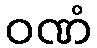
ဝဏံ